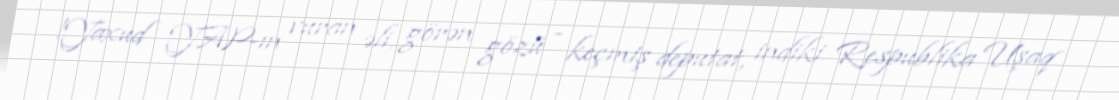
!Yaxud YAP-ın vuran əli, görən gözü - keçmiş deputat, indiki Respublika Uşaq